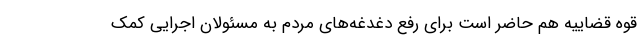
قوه قضاییه هم حاضر است برای رفع دغدغه‌های مردم به مسئولان اجرایی کمک